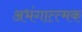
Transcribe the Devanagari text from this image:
अभंगात्त्मक